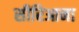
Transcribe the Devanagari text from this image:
सीरिआना